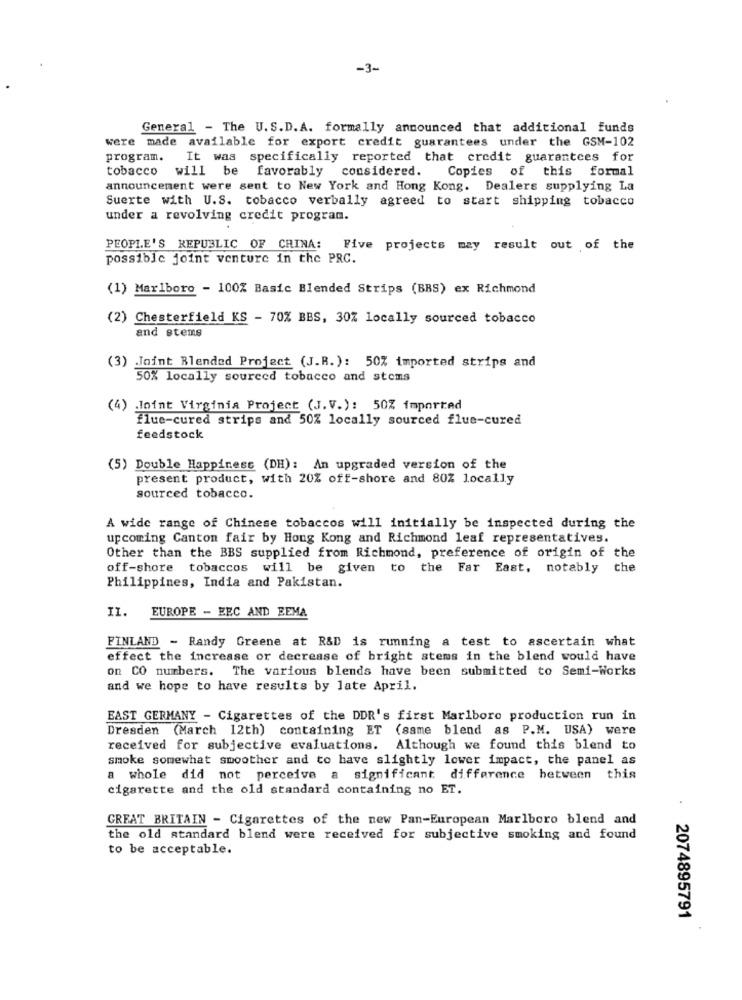
-3-
General - The U.S.D.A. formally announced that additional funds
were made available for export credit guarantees under the GSM-102
program.
It was specifically reported that credit guarantees for
tobacco
will be favorably considered.
Copies of this formal
announcement were sent to New York and Hong Kong. Dealers supplying La
Suerte with U.S. tobacco verbally agreed to start shipping tobacco
under a revolving credit program.
PEOPLE'S REPUBLIC OF CHINA:
Five projects may result out of the
possible joint venture in the PRC.
(1) Marlboro - 100% Basic Blended Strips (BBS) ex Richmond
(2) Chesterfield KS - 70% BBS, 30% locally sourced tobacco
and stems
(3) Joint Blended Project (J.R.): 50% imported strips and
50% locally sourced tobacco and stems
(4) Joint Virginia Project (J.V.): 50% imported
flue-cured strips and 50% locally sourced flue-cured
feedstock
(5) Double Happiness (DH): An upgraded version of the
present product, with 20% off-shore and 80% locally
sourced tobacco.
A wide range of Chinese tobaccos will initially be inspected during the
upcoming Canton fair by Hong Kong and Richmond leaf representatives.
Other than the BBS supplied from Richmond, preference of origin of the
off-shore tobaccos will be given to the Far East, notably the
Philippines, India and Pakistan.
II.
EUROPE - EEC AND EEMA
FINLAND - Randy Greene at R&D is running a test to ascertain what
effect the increase or decrease of bright stems in the blend would have
on CO numbers. The various blends have been submitted to Semi-Works
and we hope to have results by Jate April.
EAST GERMANY - Cigarettes of the DDR's first Marlboro production run in
Dresden (March 12th) containing ET (same blend as P.M. USA) were
received for subjective evaluations. Although we found this blend to
smoke somewhat smoother and to have slightly lower impact, the panel as
a whole did not perceive a significant difference between this
cigarette and the old standard containing no ET.
GREAT BRITAIN - Cigarettes of the new Pan-European Marlboro blend and
the old standard blend were received for subjective smoking and found
to be acceptable.
. 2074895791